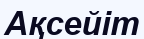
Ақсейіт